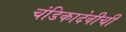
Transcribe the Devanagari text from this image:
चंडिकादेवीची